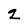
Character: z